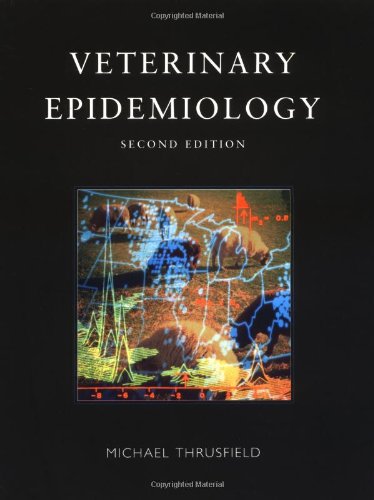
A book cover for Veterinary Epidemiology; Michael Thrusfield; Medical Books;